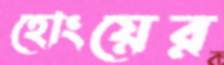
হোংয়ের